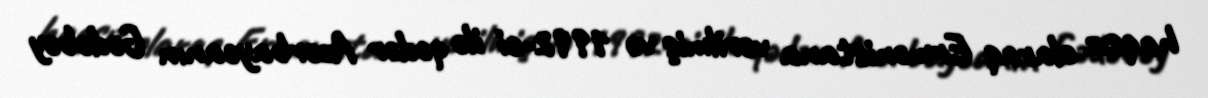
haqsız olaraq Ermənistana verilmiş və 1992-ci ilə qədər Azərbaycanın Gədəbəy